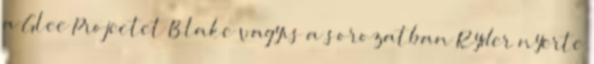
a Glee Projectet Blake vagyis a sorozatban Ryder nyerte